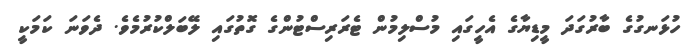
ހުޅަނގުގެ ބާރުގަދަ މީޑިޔާގެ އެހީގައި މުސްލިމުން ޓެރަރިސްޓުންގެ ގޮތުގައި ލޭބަލްކުރުމެވެ. ދެވަނަ ކަމަކީ